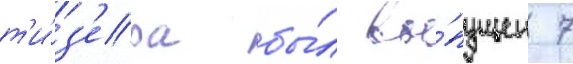
т'и́з'ера бы́л вы́пущен 7